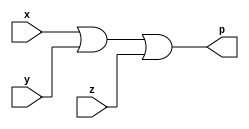
//test bench file is or_tb.v in same directory

module orgate(
    input x,
    input y,
    input z,
    output p
);

assign p = (x|y|z);
endmodule